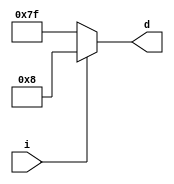
module Seven_SegmentR(i,d);
  
  parameter output_bit = 7;
  
  input i;
  output [output_bit-1:0]d;
  
  reg [output_bit-1:0]d;
  
 
  always @(*) begin
	 if(i == 1'b1) d<= 7'b000_1000;        //R
	 else d<=7'b111_1111;
    end
  endmodule